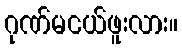
ဂုဏ်မငယ်ဖူးလား။